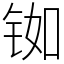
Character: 铷